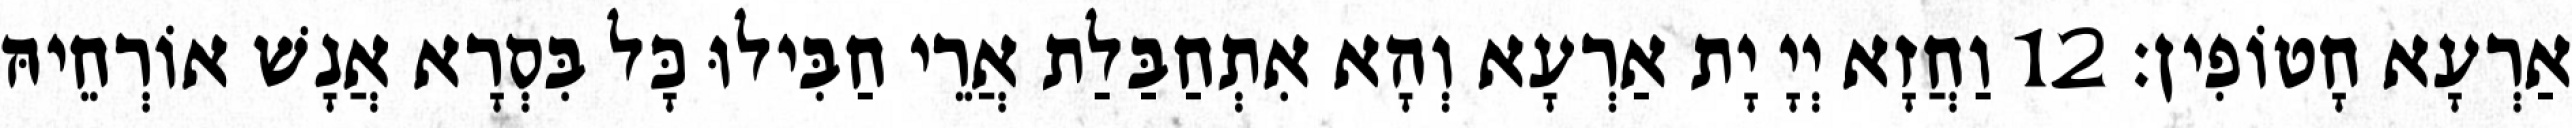
אַרְעָא חָטוֹפִין׃ 12 וַחֲזָא יְיָ יָת אַרְעָא וְהָא אִתְחַבַּלַת אֲרֵי חַבִּילוּ כָּל בִּסְרָא אֲנָשׁ אוֹרְחֵיהּ